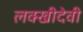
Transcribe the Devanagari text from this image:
लक्खीदेवी